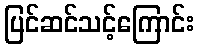
ပြင်ဆင်သင့်ကြောင်း